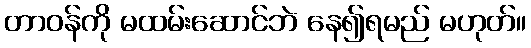
တာဝန်ကို မထမ်းဆောင်ဘဲ နေ၍ရမည် မဟုတ်။